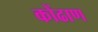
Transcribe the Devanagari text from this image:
कोंढाण